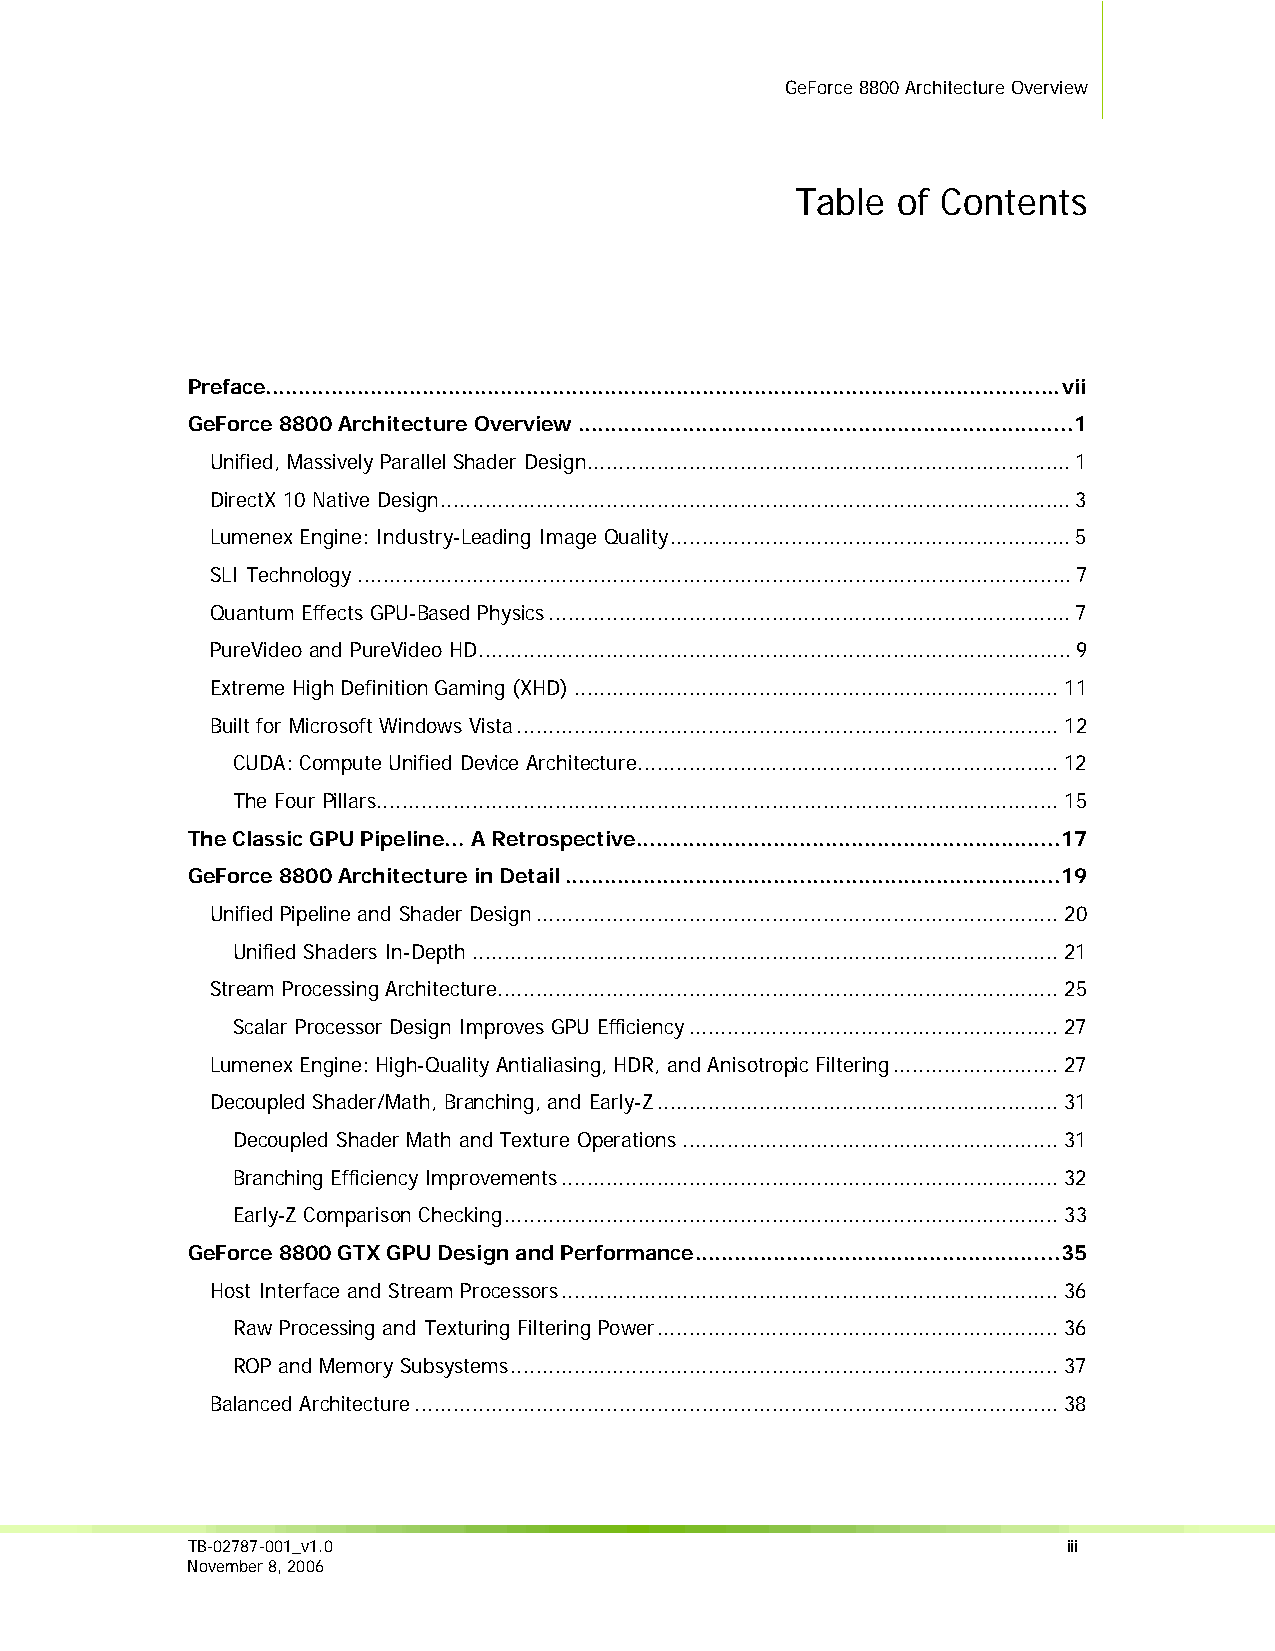
GeForce 8800 Architecture Overview
 Table of Contents
 Preface..........................................................................................................................vii
 GeForce 8800 Architecture Overview ............................................................................1
 Unified, Massively Parallel Shader Design............................................................................1
 DirectX 10 Native Design...................................................................................................3
 Lumenex Engine: Industry-Leading Image Quality...............................................................5
 SLI Technology................................................................................................................7
 Quantum Effects GPU-Based Physics..................................................................................7
 PureVideo and PureVideo HD.............................................................................................9
 Extreme High Definition Gaming (XHD)............................................................................11
 Built for Microsoft Windows Vista.....................................................................................12
 CUDA: Compute Unified Device Architecture..................................................................12
 The Four Pillars...........................................................................................................15
 The Classic GPU Pipeline… A Retrospective.................................................................17
 GeForce 8800 Architecture in Detail............................................................................19
 Unified Pipeline and Shader Design..................................................................................20
 Unified Shaders In-Depth............................................................................................21
 Stream Processing Architecture........................................................................................25
 Scalar Processor Design Improves GPU Efficiency..........................................................27
 Lumenex Engine: High-Quality Antialiasing, HDR, and Anisotropic Filtering..........................27
 Decoupled Shader/Math, Branching, and Early-Z...............................................................31
 Decoupled Shader Math and Texture Operations...........................................................31
 Branching Efficiency Improvements..............................................................................32
 Early-Z Comparison Checking.......................................................................................33
 GeForce 8800 GTX GPU Design and Performance........................................................35
 Host Interface and Stream Processors..............................................................................36
 Raw Processing and Texturing Filtering Power...............................................................36
 ROP and Memory Subsystems......................................................................................37
 Balanced Architecture.....................................................................................................38
 TB-02787-001_v1.0                                          iii
 November 8, 2006